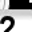
Digit: 2